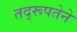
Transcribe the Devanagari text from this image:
तद्‌रूपतेने